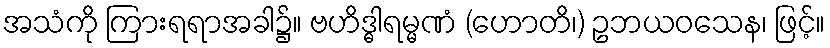
အသံကို ကြားရရာအခါ၌။ ဗဟိဒ္ဓါရမ္မဏံ (ဟောတိ၊) ဥဘယဝသေန၊ ဖြင့်။